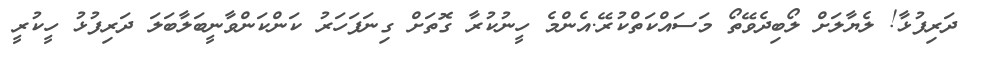
ދަރިފުޅާ! ލެޔާލަށް ލޯބިދެވޭތޯ މަސައްކަތްކުރޭ.އެންމެ ހީނުކުރާ ގޮތަށް ގިނަފަހަރު ކަންކަންވާނީބަލާބަލަ ދަރިފުޅު ހީކުރީ